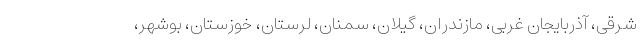
شرقی، آذربایجان غربی، مازندران، گیلان، سمنان، لرستان، خوزستان، بوشهر،